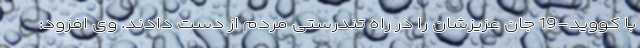
با کووید-19 جان عزیزشان را در راه تندرستی مردم از دست دادند. وی افزود: